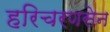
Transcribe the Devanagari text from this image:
हरिचरणसेन